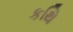
કથિ